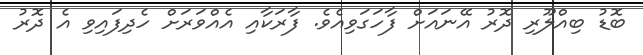
ބޮޑު ބިއްލޫރި ދޮރު އޭނައަށް ފާހަގަވިއެވެ. ފާރަކާއި އެއްވަރަށް ހެދިފައިވި އެ ދޮރު